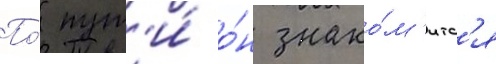
По́ пут'и́ о́н знако́м'итс'я